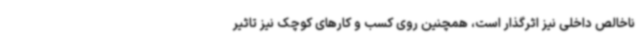
ناخالص داخلی نیز اثرگذار است، همچنین روی کسب و کارهای کوچک نیز تاثیر